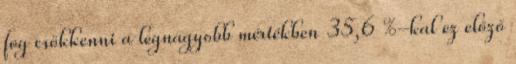
fog csökkenni a legnagyobb mértékben 35,6 %-kal ez előző